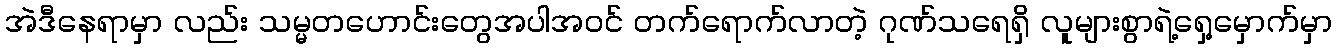
အဲဒီနေရာမှာ လည်း သမ္မတဟောင်းတွေအပါအ၀င် တက်ရောက်လာတဲ့ ဂုဏ်သရေရှိ လူများစွာရဲ့ရှေ့မှောက်မှာ